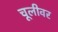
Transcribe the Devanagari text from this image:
चूलीवर